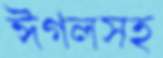
ঈগলসহ